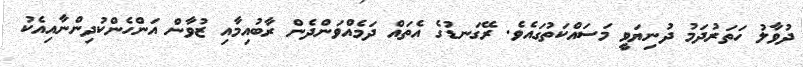
ދުވާލު ހަތަރުދަމު ދުނިޔަވީ މަސައްކަތުގައެވެ. ރޭގަނޑުގެ އެތައް ދަމެއްވަންދެން ރާބުއިމާއި ޒުވާން އަންހެންކުދިންނާއިއެކު